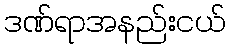
ဒဏ်ရာအနည်းငယ်